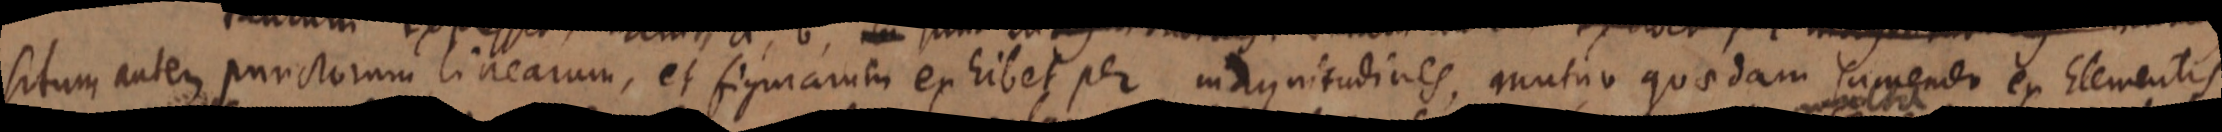
situm autem punctorum linearum, et figurarum ex hibet per magnitudines, mutuo quaedam sumendo ex Elementis